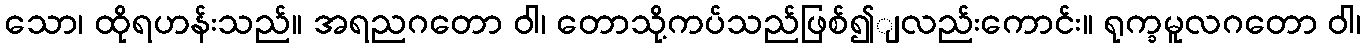
သော၊ ထိုရဟန်းသည်။ အရညဂတော ဝါ၊ တောသို့ကပ်သည်ဖြစ်၍ျလည်းကောင်း။ ရုက္ခမူလဂတော ဝါ၊